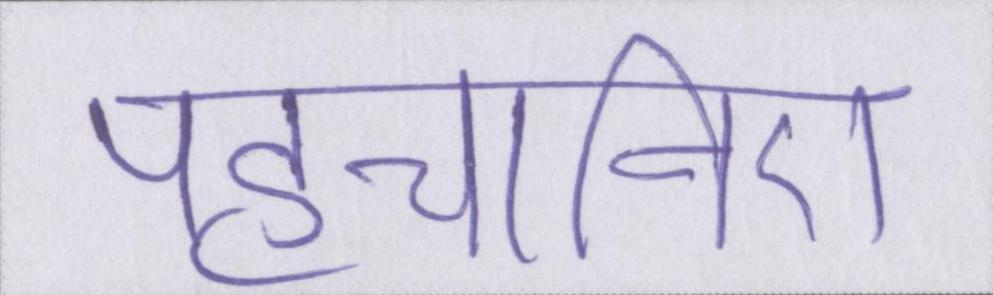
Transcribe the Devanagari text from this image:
पहचानिए